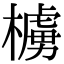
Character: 㯭